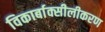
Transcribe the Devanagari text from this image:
विकार्बाक्सीलीकरण